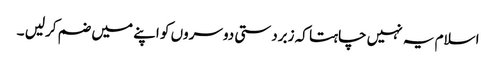
اسلام یہ نہیں چاہتا کہ زبردستی دوسروں کو اپنے میں ضم کرلیں ۔